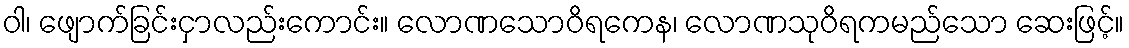
ဝါ၊ ဖျောက်ခြင်းငှာလည်းကောင်း။ လောဏသောဝိရကေန၊ လောဏသုဝိရကမည်သော ဆေးဖြင့်။